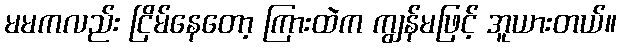
မမကလည်း ငြိမ်နေတော့ ကြားထဲက ကျွန်မဖြင့် အူယားတယ်။